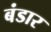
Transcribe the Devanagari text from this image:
बंडार